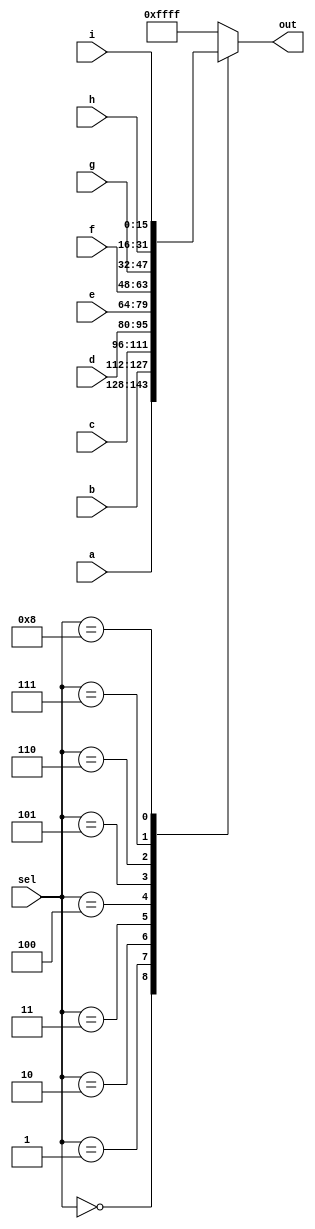
`timescale 1ns / 1ps
//////////////////////////////////////////////////////////////////////////////////
// Company: 
// Engineer: 
// 
// Design Name: 
// Module Name: Mux9to1v
// Project Name: 
// Target Devices: 
// Tool Versions: 
// Description: 
// 
// Dependencies: 
// 
// Revision:
// Revision 0.01 - File Created
// Additional Comments:
// 
//////////////////////////////////////////////////////////////////////////////////


module Mux9to1v(
    input [15:0] a, b, c, d, e, f, g, h, i,
    input [3:0] sel,
    output reg [15:0] out
    );
	
	always@(*) begin
		case(sel) 
            4'd0: out = a;
            4'd1: out = b;
            4'd2: out = c;
            4'd3: out = d;
            4'd4: out = e;
            4'd5: out = f;
            4'd6: out = g;
            4'd7: out = h;
            4'd8: out = i;
			default:out=16'b1111_1111_1111_1111;
		endcase
	end
	
	
	
endmodule